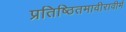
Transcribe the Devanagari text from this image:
प्रतिष्ठितमावीरावीर्म